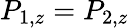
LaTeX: P_{1,z}=P_{2,z}